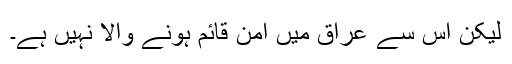
لیکن اس سے عراق میں امن قائم ہونے والا نہیں ہے۔